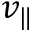
v _ { \| }